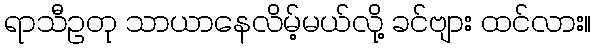
ရာသီဥတု သာယာနေလိမ့်မယ်လို့ ခင်ဗျား ထင်လား။